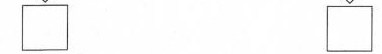
\box \box